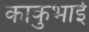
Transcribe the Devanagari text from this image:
काकुभाई